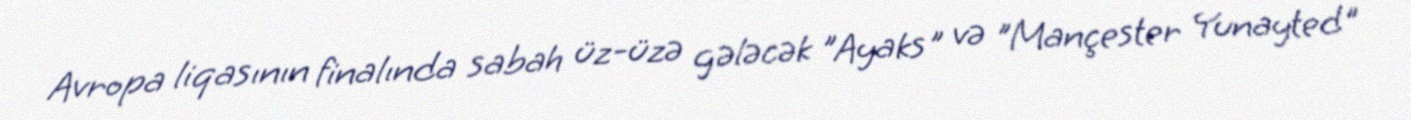
Avropa liqasının finalında sabah üz-üzə gələcək "Ayaks" və "Mançester Yunayted"